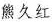
熊久红